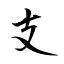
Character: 支